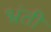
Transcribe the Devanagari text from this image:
भ्रंती